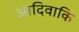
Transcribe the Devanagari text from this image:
आदिवाकि